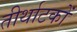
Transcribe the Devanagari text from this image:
तीर्थाटकों